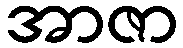
အာဇာ